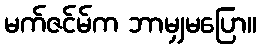
မက်ဇင်မ်က ဘာမျှမပြော။